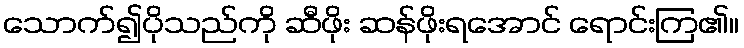
သောက်၍ပိုသည်ကို ဆီဖိုး ဆန်ဖိုးရအောင် ရောင်းကြ၏။